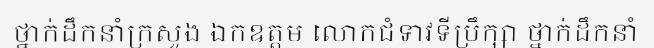
ថ្នាក់ដឹកនាំក្រសួង ឯកឧត្តម លោកជំទាវទីប្រឹក្សា ថ្នាក់ដឹកនាំ